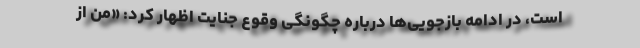
است، در ادامه بازجویی‌ها درباره چگونگی وقوع جنایت اظهار کرد: «من از